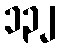
၁၃၂